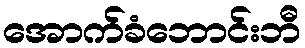
အောက်ခံဘောင်းဘီ